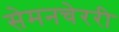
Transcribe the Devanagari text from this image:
सेमनचेररी